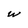
Character: w